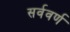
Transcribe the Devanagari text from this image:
सर्ववर्ण